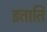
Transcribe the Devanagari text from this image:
इताति